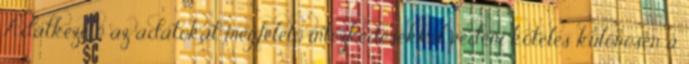
Adatkezelő az adatokat megfelelő intézkedésekkel védeni köteles különösen a